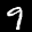
Label: 9